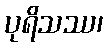
ပုရိသဿ၊